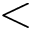
<